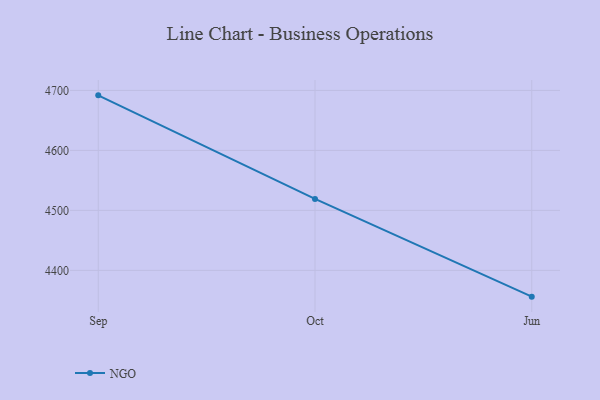
{"axis": {"x": "Month", "y": "Customer Acquisition Cost (USD)"}, "legend": ["NGO"], "data": [{"x": "Sep", "y": 4691.8, "type": "NGO"}, {"x": "Oct", "y": 4519.2, "type": "NGO"}, {"x": "Jun", "y": 4356.2, "type": "NGO"}]}